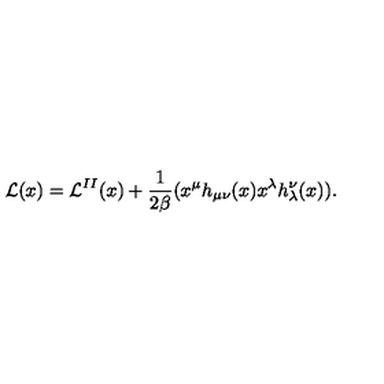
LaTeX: { \cal L } ( x ) = { \cal L } ^ { I I } ( x ) + \frac { 1 } { 2 \beta } ( x ^ { \mu } h _ { \mu \nu } ( x ) x ^ { \lambda } h _ { \lambda } ^ { \nu } ( x ) ) .